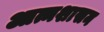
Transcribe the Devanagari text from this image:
आत्मशासन